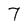
Character: 7